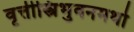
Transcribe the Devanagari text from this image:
वृत्तीस्त्रिभुवनमथो